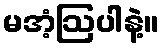
မအံ့ဩပါနဲ့။